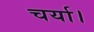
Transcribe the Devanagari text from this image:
चर्या।